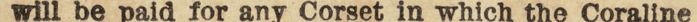
will be paid for any Corset in which the Coraline